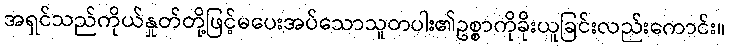
အရှင်သည်ကိုယ်နှုတ်တို့ဖြင့်မပေးအပ်သောသူတပါး၏ဥစ္စာကိုခိုးယူခြင်းလည်းကောင်း။